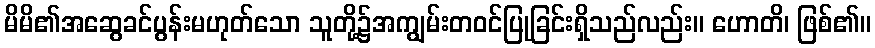
မိမိ၏အဆွေခင်ပွန်းမဟုတ်သော သူတို့၌အကျွမ်းတဝင်ပြုခြင်းရှိသည်လည်း။ ဟောတိ၊ ဖြစ်၏။